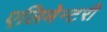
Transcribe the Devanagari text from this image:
एलिमेन्टरी